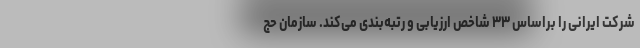
شرکت ایرانی را براساس ۳۳ شاخص ارزیابی و رتبه‌بندی می‌کند. سازمان حج